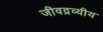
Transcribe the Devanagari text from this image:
जीवद्रव्यीय